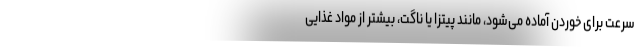
سرعت برای خوردن آماده می‌شود، مانند پیتزا یا ناگت، بیشتر از مواد غذایی